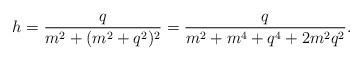
LaTeX: \begin{align*} h=\frac{q}{m^2+(m^2+q^2)^2}=\frac{q}{m^2+m^4+q^4+2m^2q^2}. \end{align*}